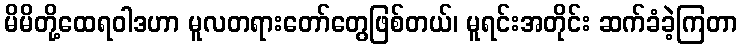
မိမိတို့ထေရဝါဒဟာ မူလတရားတော်တွေဖြစ်တယ်၊ မူရင်းအတိုင်း ဆက်ခံခဲ့ကြတာ